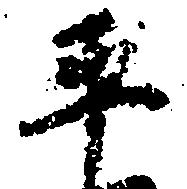
平